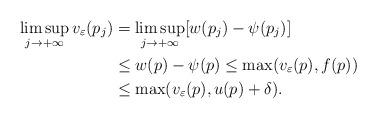
LaTeX: \begin{align*}\limsup_{j\to+\infty} v_\varepsilon (p_j) &= \limsup_{j\to +\infty} [w(p_j) -\psi(p_j)] \\& \leq w(p)-\psi(p)\leq \max(v_\varepsilon(p), f(p))\\& \leq \max(v_\varepsilon(p), u(p) +\delta).\end{align*}